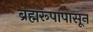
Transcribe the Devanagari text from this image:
ब्रह्मरूपापासून